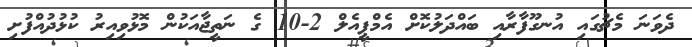
ދެވަނަ މެޗުގައި އުނގޫފާރާއި ބައްދަލުކޮށް އެމްޕީއެލް 2-10 ގެ ނަތީޖާއަކުން މޮޅުވިއިރު ކުޅުދުއްފުށި